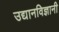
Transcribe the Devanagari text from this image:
उद्यानविज्ञानी